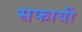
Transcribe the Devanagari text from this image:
सफायी